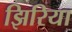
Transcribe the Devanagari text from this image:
झिरिया